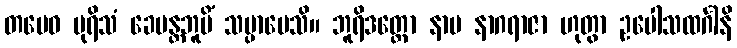
တမေဝ ပုရိသံ ခေမန္တဘူမိံ သမ္ပာပေသိ။ ဘူရိဒတ္တော နာမ နာဂရာဇာ ဟုတွာ ဥပေါသထင်္ဂါနိ